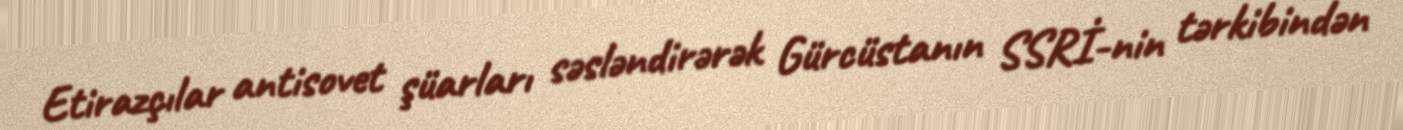
Etirazçılar antisovet şüarları səsləndirərək Gürcüstanın SSRİ-nin tərkibindən